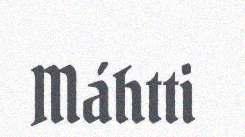
Máhtti